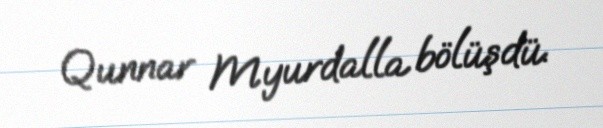
Qunnar Myurdalla bölüşdü.